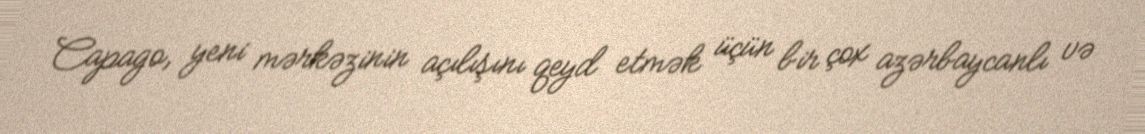
Capago, yeni mərkəzinin açılışını qeyd etmək üçün bir çox azərbaycanlı və